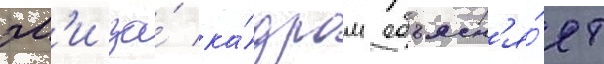
эм'и за́ ка́дром объясн'я́ет